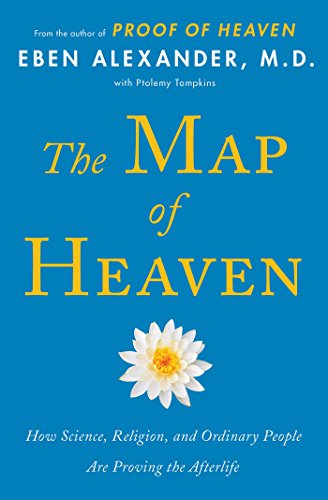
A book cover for The Map of Heaven: How Science, Religion, and Ordinary People Are Proving the Afterlife; Eben Alexander; Christian Books & Bibles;